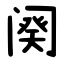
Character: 阕